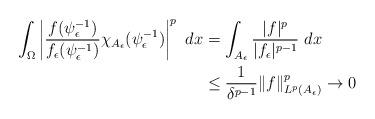
LaTeX: \begin{align*}\int_{\Omega}\left|\frac{f(\psi_{\epsilon}^{-1})}{f_{\epsilon}(\psi_{\epsilon}^{-1})}\chi_{A_{\epsilon}}(\psi_{\epsilon}^{-1})\right|^p~dx&=\int_{A_{\epsilon}}\frac{|f|^p}{|f_{\epsilon}|^{p-1}}~dx\\&\leq \frac{1}{\delta^{p-1}}\|f\|_{L^p(A_{\epsilon})}^p\rightarrow 0\end{align*}